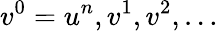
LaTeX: v^{0}=u^{n},v^{1},v^{2},\ldots